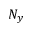
N _ { y }